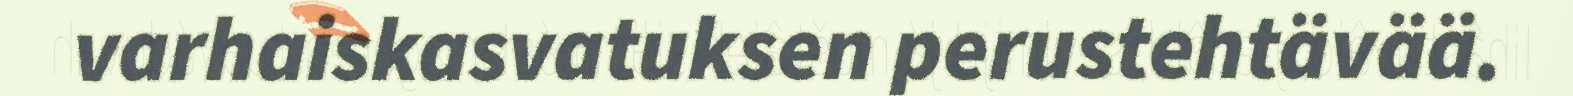
varhaiskasvatuksen perustehtävää.